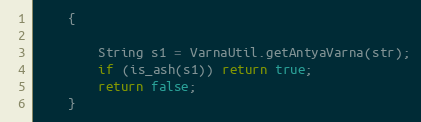
Language: Java
    {

        String s1 = VarnaUtil.getAntyaVarna(str);
        if (is_ash(s1)) return true;
        return false;
    }